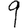
Digit: 9